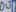
Text: OUT